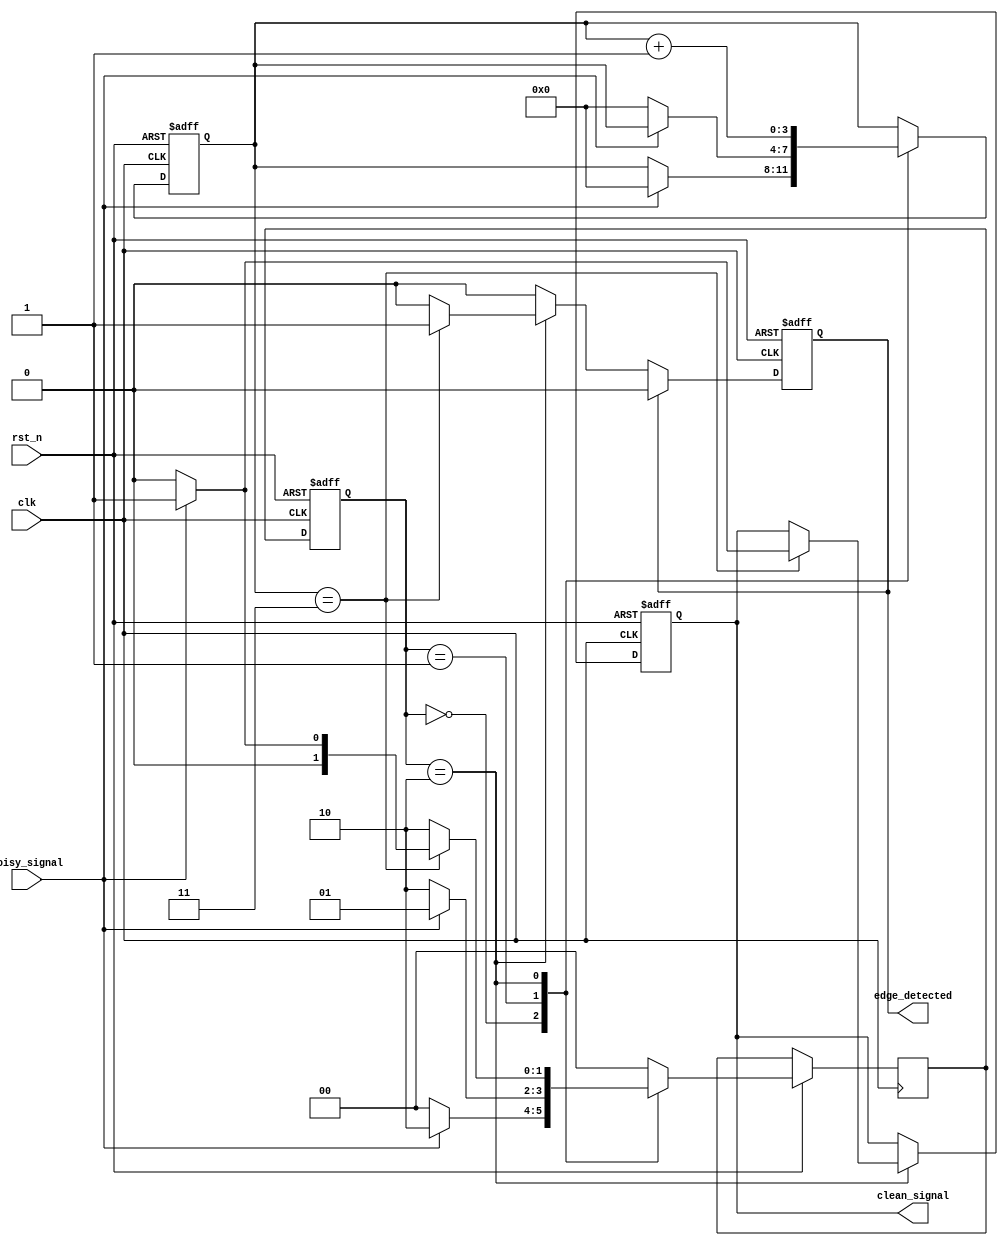
module debounced_edge_detector (
    input wire clk,                // Clock input
    input wire rst_n,              // Active low reset
    input wire noisy_signal,       // Noisy input signal
    output reg clean_signal,        // Clean output signal
    output reg edge_detected        // Edge detected output signal
);

    // Parameters
    parameter DEBOUNCE_TIME = 4;   // Number of clock cycles for debouncing

    // State registers
    reg [1:0] state;                // Current state (0: stable low, 1: stable high)
    reg [1:0] next_state;           // Next state
    reg [DEBOUNCE_TIME-1:0] debounce_counter; // Counter for debounce timing

    // State encoding
    localparam STABLE_LOW = 2'b00;
    localparam STABLE_HIGH = 2'b01;
    localparam CHANGING = 2'b10;

    // Edge detection logic
    always @(posedge clk or negedge rst_n) begin
        if (!rst_n) begin
            state <= STABLE_LOW;      // Reset to stable low state
            clean_signal <= 0;        // Initial clean signal
            edge_detected <= 0;       // No edge detected initially
            debounce_counter <= 0;     // Reset debounce counter
        end else begin
            // State transition logic
            case (state)
                STABLE_LOW: begin
                    if (noisy_signal) begin
                        // Transition to changing state
                        next_state <= CHANGING;
                        debounce_counter <= 0; // Reset counter
                    end else begin
                        next_state <= STABLE_LOW;
                    end
                end

                STABLE_HIGH: begin
                    if (!noisy_signal) begin
                        // Transition to changing state
                        next_state <= CHANGING;
                        debounce_counter <= 0; // Reset counter
                    end else begin
                        next_state <= STABLE_HIGH;
                    end
                end

                CHANGING: begin
                    // Increment debounce counter
                    debounce_counter <= debounce_counter + 1;
                    if (debounce_counter == DEBOUNCE_TIME - 1) begin
                        // If stable for debounce time, transition to stable state
                        if (noisy_signal) begin
                            next_state <= STABLE_HIGH;
                            clean_signal <= 1; // Update clean signal to high
                            edge_detected <= 1; // Rising edge detected
                        end else begin
                            next_state <= STABLE_LOW;
                            clean_signal <= 0; // Update clean signal to low
                            edge_detected <= 1; // Falling edge detected
                        end
                    end else begin
                        next_state <= CHANGING; // Remain in changing state
                    end
                end

                default: next_state <= STABLE_LOW; // Default case
            endcase

            // Update state
            state <= next_state;

            // Clear edge detected signal after one clock cycle
            if (edge_detected) begin
                edge_detected <= 0; // Clear edge detected signal
            end
        end
    end
endmodule